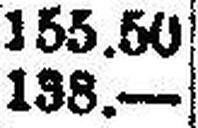
138.—